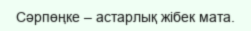
Сәрпөңке – астарлық жібек мата.